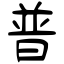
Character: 普